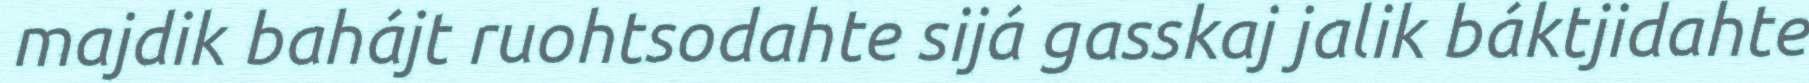
majdik bahájt ruohtsodahte sijá gasskaj jalik báktjidahte